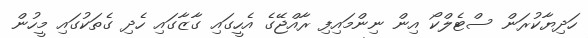
ހަދިޔާކުރަން ސްޓެލްކޯ އިން ނިންމައިފި ރާއްޖޭގެ އެހީގައި ގާޒާގައި ހެދި ގެތަކުގައި މީހުން